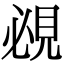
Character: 覕